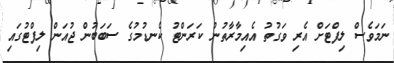
ނަމަވެސް ލިފްޓަށް އެރި ވަގުތު އެެއިމާރާތުން ކަރަންޓު ކެނޑުމުގެ ސަބަބުން ޖުއަން ލިފްޓުގައި